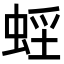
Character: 𧋭